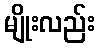
မျိုးလည်း